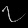
Digit: ၇